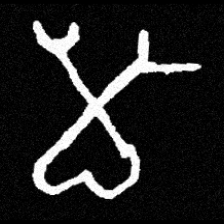
Pyu character \u2014 Myanmar letter: မ (romanized: ma)